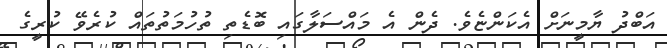
އަބްދު ޔާމީނަށް އެކަންޏެވެ. ދެން އެ މައްސަލާގައި ބޮޑެތި ތުހުމަތުތައް ކުރެވޭ ކުރީގެ